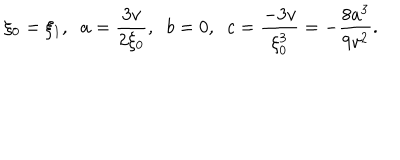
\xi _ { 0 } = \xi _ { 1 } , \; \; a = \frac { 3 v } { 2 \xi _ { 0 } } , \; \; b = 0 , \; \; c = \frac { - 3 v } { \xi _ { 0 } ^ { 3 } } = - \frac { 8 a ^ { 3 } } { 9 v ^ { 2 } } .